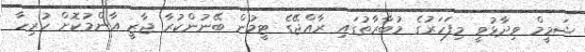
ޝަމީމް ވިދާޅުވީ މިފަހަރުގެ މުބާރާތުގައި ރާއްޖޭގެ ޓީމުން ބޭނުންކުރާ ޖާޒީ އާންމުކޮށް ހުރިހާ